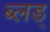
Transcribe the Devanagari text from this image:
ब्लड्